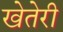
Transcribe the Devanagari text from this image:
खेतेरी